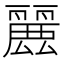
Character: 𮭶